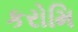
કરોમિ